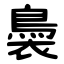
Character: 䙚